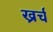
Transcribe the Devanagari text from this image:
ख्रर्च